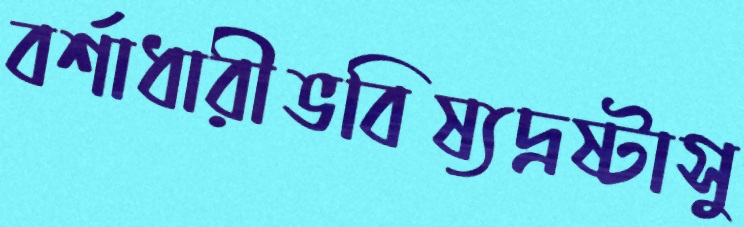
বর্শাধারীভবিষ্যদ্রষ্টাসু